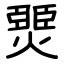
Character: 燛